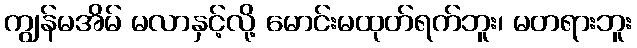
ကျွန်မအိမ် မလာနှင့်လို့ မောင်းမထုတ်ရက်ဘူး၊ မတရားဘူး